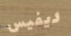
ديفيس